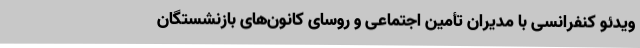
ویدئو کنفرانسی با مدیران تأمین اجتماعی و روسای کانون‌های بازنشستگان